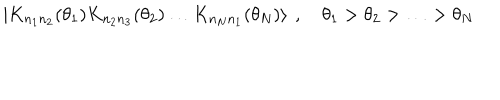
LaTeX: \left| K _ { n _ { 1 } n _ { 2 } } ( \theta _ { 1 } ) K _ { n _ { 2 } n _ { 3 } } ( \theta _ { 2 } ) \ldots K _ { n _ { N } n _ { 1 } } ( \theta _ { N } ) \right\rangle \: , \quad \theta _ { 1 } > \theta _ { 2 } > \ldots > \theta _ { N }